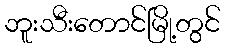
ဘူးသီးတောင်မြို့တွင်